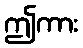
ဤကား